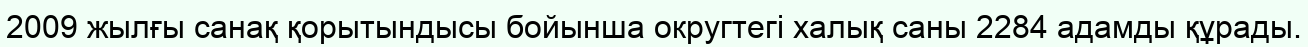
2009 жылғы санақ қорытындысы бойынша округтегі халық саны 2284 адамды құрады.